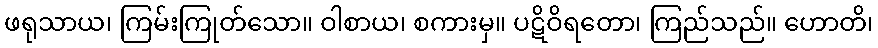
ဖရုသာယ၊ ကြမ်းကြုတ်သော။ ဝါစာယ၊ စကားမှ။ ပဋိဝိရတော၊ ကြည်သည်။ ဟောတိ၊